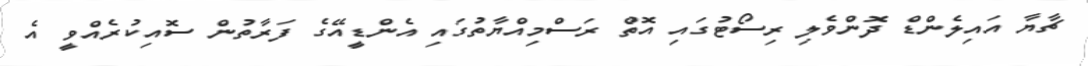
ޗާޔާ އައިލެންޑް ދޮންވެލި ރިސޯޓުގައި އޮތް ރަސްމިއްޔާތުގައި އެންޑީއޭގެ ފަރާތުން ސޮއިކުރެއްވީ އެ